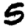
Digit: 5